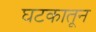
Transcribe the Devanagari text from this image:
घटकातून